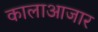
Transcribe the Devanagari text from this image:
कालाआजार